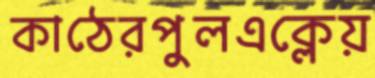
কাঠেরপুলএক্লেয়